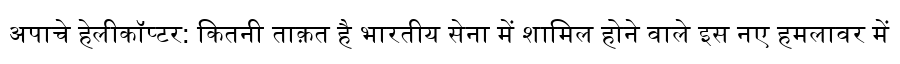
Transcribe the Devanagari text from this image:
अपाचे हेलीकॉप्टर: कितनी ताक़त है भारतीय सेना में शामिल होने वाले इस नए हमलावर में